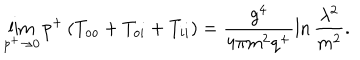
\lim _ { p ^ { + } \rightarrow 0 } p ^ { + } \left( T _ { o o } + T _ { o i } + T _ { i i } \right) = \frac { g ^ { 4 } } { 4 \pi m ^ { 2 } q ^ { + } } \ln \frac { \lambda ^ { 2 } } { m ^ { 2 } } .